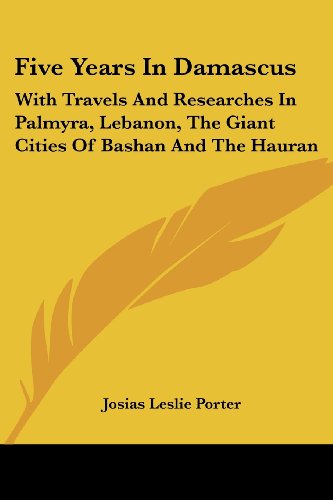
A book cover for Five Years In Damascus: With Travels And Researches In Palmyra, Lebanon, The Giant Cities Of Bashan And The Hauran; Josias Leslie Porter; Travel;